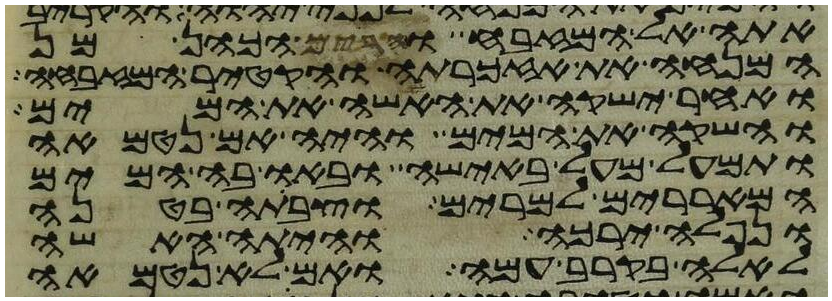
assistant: אתה אל המזבח והרים הכהן מן
המנחה את אזכרתה והקטיר המזבחה
ואחר ישקה את האשה את המים
והשקה את המים והיה אם נטמאה
ותמעל מעל באישה ובאו בה המים
המאררים למרים וצבתה בטנה
ונפלה ירכה והיתה האשה
לאלה בקרב עמה ואם לא נטמאה